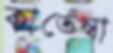
কাতেম্বা